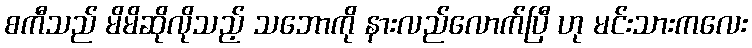
စကီသည် မိမိဆိုလိုသည့် သဘောကို နားလည်လောက်ပြီ ဟု မင်းသားကလေး